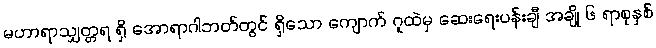
မဟာရာသျှတ္တရ ရှိ အောရာဂါဘတ်တွင် ရှိသော ကျောက် ဂူထဲမှ ဆေးရေးပန်းချီ အချို့ ၆ ရာစုနှစ်